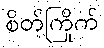
စိတ်ကြိုက်